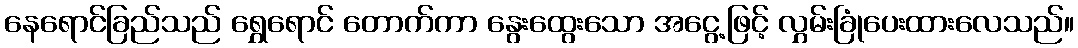
နေရောင်ခြည်သည် ရွှေရောင် တောက်ကာ နွေးထွေးသော အငွေ့ဖြင့် လွှမ်းခြုံပေးထားလေသည်။